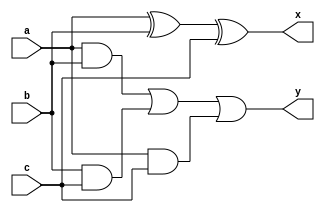
module FA(x,y,a,b,c);
input a,b,c;
output x,y;
wire t1,t2,t3,t4;

xor g3 (x,a,b,c);
and g4 (t1,a,b);
and g5 (t2,b,c);
and g6 (t3,a,c);
or g7 (y,t1,t2,t3);

endmodule